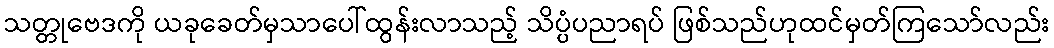
သတ္တုဗေဒကို ယခုခေတ်မှသာပေါ်ထွန်းလာသည့် သိပ္ပံပညာရပ် ဖြစ်သည်ဟုထင်မှတ်ကြသော်လည်း